Annual report on the working of the lock hospitals in the Central Provinces
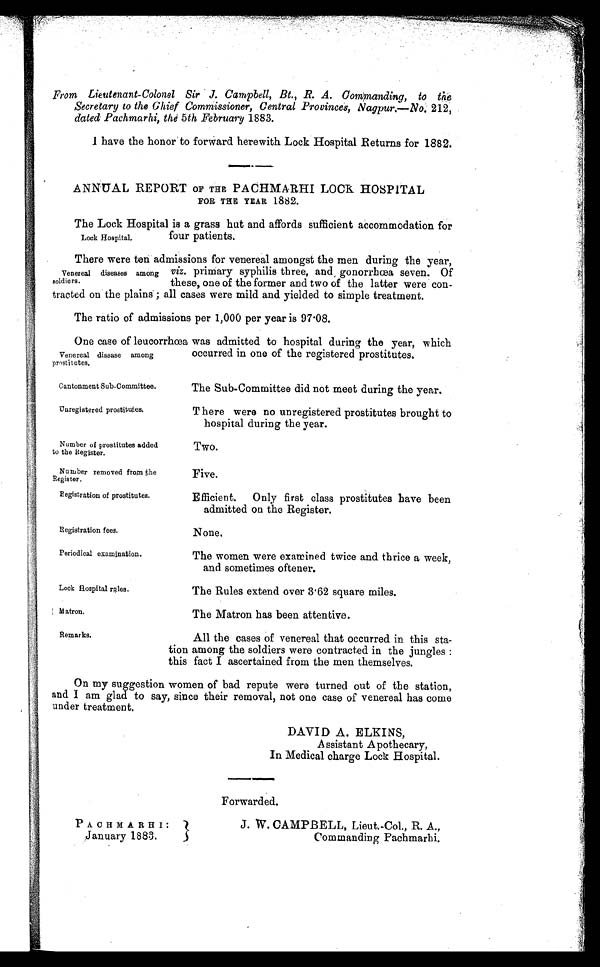
Cantonment Sub-Committee.
Unregistered prostitutes.
Number of prostitutes added
to the Register.
Number removed from the
Register.
Registration of prostitutes.
Registration fees.
Periodical examination.
Lock Hospital rules.
Matron.
Remarks.
From Lieutenant-Colonel Sir J. Campbell, Bt., R. A. Commanding, to the
Secretary to the Chief Commissioner, Central Provinces, Nagpur.—No. 212,
dated Pachmarhi, the 5th February 1883.
I have the honor to forward herewith Lock Hospital Returns for 1882.
ANNUAL REPORT OF THE PACHMARHI LOCK HOSPITAL
FOR THE YEAR 1882.
The Lock Hospital is a grass hut and affords sufficient accommodation for
four patients.
There were ten admissions for venereal amongst the men during the year,
viz. primary syphilis three, and , gonorrhœa seven. Of
these, one of the former and two of the latter were con-
tracted on the plains ; all cases were mild and yielded to simple treatment.
The ratio of admissions per 1,000 per year is 97.08.
One case of leucorrhœa was admitted to hospital during the year, which
occurred in one of the registered prostitutes.
Lock Hospital,
Venereal diseases among
soldiers.
Venereal disease among
prostitutes.
The Sub-Committee did not meet during the year.
There were no unregistered prostitutes brought to
hospital during the year.
Two.
Five.
Efficient. Only first class prostitutes have been
admitted on the Register.
None.
The women were examined twice and thrice a week,
and sometimes oftener.
The Rules extend over 3 . 62 square miles.
The Matron has been attentive.
All the cases of venereal that occurred in this sta-
tion among the soldiers were contracted in the jungles :
this fact I ascertained from the men themselves.
On my suggestion women of bad repute were turned out of the station,
and I am glad to say, since their removal, not one case of venereal has come
under treatment.
DAVID A. ELKINS,
Assistant Apothecary,
In Medical charge Lock Hospital.
Forwarded.
PACHMARHI:
January 1883.
J. W. CAMPBELL, Li eut . -Col . , R. A. ,
Commanding Pachmarhi.